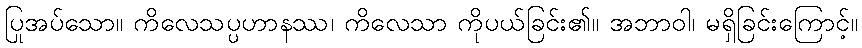
ပြုအပ်သော။ ကိလေသပ္ပဟာနဿ၊ ကိလေသာ ကိုပယ်ခြင်း၏။ အဘာဝါ၊ မရှိခြင်းကြောင့်။